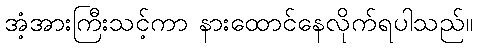
အံ့အားကြီးသင့်ကာ နားထောင်နေလိုက်ရပါသည်။